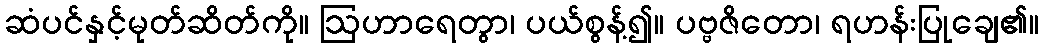
ဆံပင်နှင့်မုတ်ဆိတ်ကို။ ဩဟာရေတွာ၊ ပယ်စွန့်၍။ ပဗ္ဗဇိတော၊ ရဟန်းပြုချေ၏။